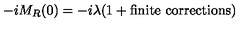
- i M _ { R } ( 0 ) = - i \lambda ( 1 + \mathrm { f i n i t e \ c o r r e c t i o n s } )